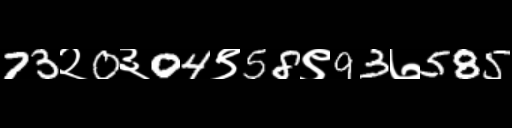
Text: 73२0३04९58९93७585